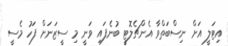
އިޓަލީ އަށް ނިސްބަތްވާ އެންޗެލޮޓީ ބުނެފައި ވަނީ މި ސީޒަނަށް ފަހު މެސީ